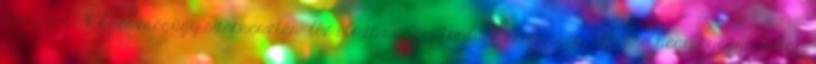
levegőjét. 31 Egészségügy szerkesztés Az előző századforduló környékén, 1903-ban négy gyógyszertár,